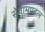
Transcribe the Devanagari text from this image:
सेवामण्डल